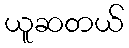
ယူဆတယ်